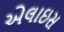
એલાઇસ